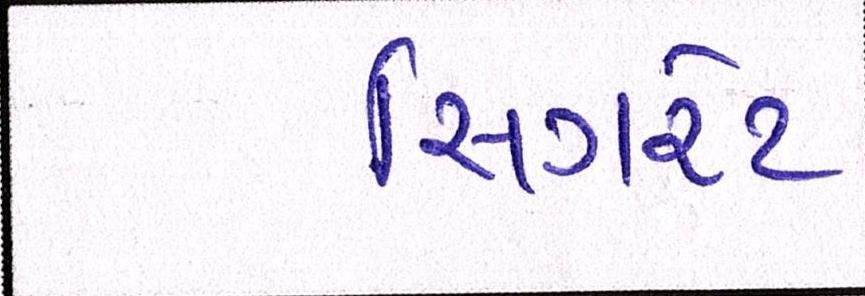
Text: સિગરેટ